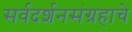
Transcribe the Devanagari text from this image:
सर्वदर्शनसंग्रहाचे